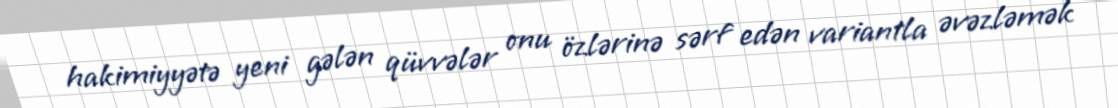
hakimiyyətə yeni gələn qüvvələr onu özlərinə sərf edən variantla əvəzləmək